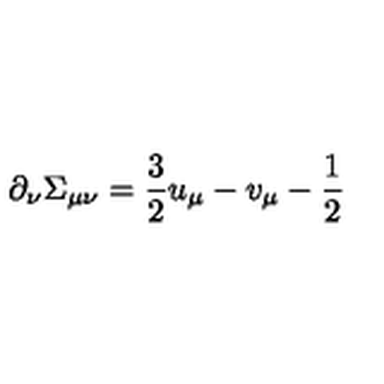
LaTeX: \partial _ { \nu } \Sigma _ { \mu \nu } = { \frac { 3 } { 2 } } u _ { \mu } - v _ { \mu } - { \frac { 1 } { 2 } }